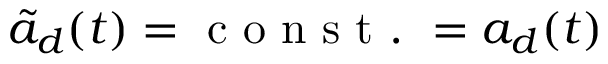
\tilde { a } _ { d } ( t ) = \mathrm { ~ c ~ o ~ n ~ s ~ t ~ . ~ } = a _ { d } ( t )